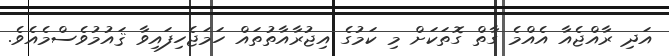
އަދި ރާއްޖެއާ އެއްމެ ގާތް ގޮތަކަށް މި ކަމުގެ އިޖުރާއާތުތައް ހަމަޖެހިފައިވާ ޤައުމުވެސްމެއެވެ.